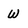
Character: w